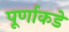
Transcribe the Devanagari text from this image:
पूर्णाकडे